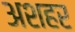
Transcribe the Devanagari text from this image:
अशहर